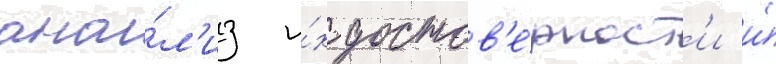
ана́л'из и́х достов'е́рност'и и́